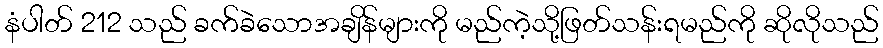
နံပါတ် 212 သည် ခက်ခဲသောအချိန်များကို မည်ကဲ့သို့ဖြတ်သန်းရမည်ကို ဆိုလိုသည်